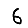
Digit: 6